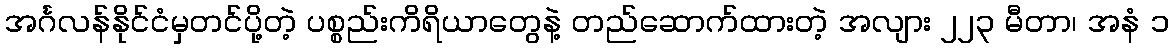
အင်္ဂလန်နိုင်ငံမှတင်ပို့တဲ့ ပစ္စည်းကိရိယာတွေနဲ့ တည်ဆောက်ထားတဲ့ အလျား ၂၂၃ မီတာ၊ အနံ ၁